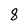
Character: 8